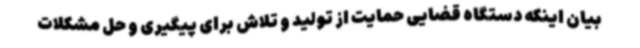
بیان اینکه دستگاه قضایی حمایت از تولید و تلاش برای پیگیری و حل مشکلات